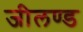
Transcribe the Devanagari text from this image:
जीलण्ड